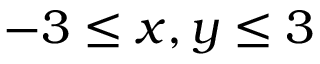
- 3 \leq x , y \leq 3